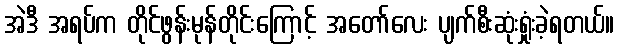
အဲဒီ အရပ်က တိုင်ဖွန်းမုန်တိုင်းကြောင့် အတော်လေး ပျက်စီးဆုံးရှုံးခဲ့ရတယ်။